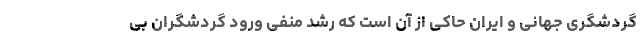
گردشگری جهانی و ایران حاکی از آن است که رشد منفی ورود گردشگران بی